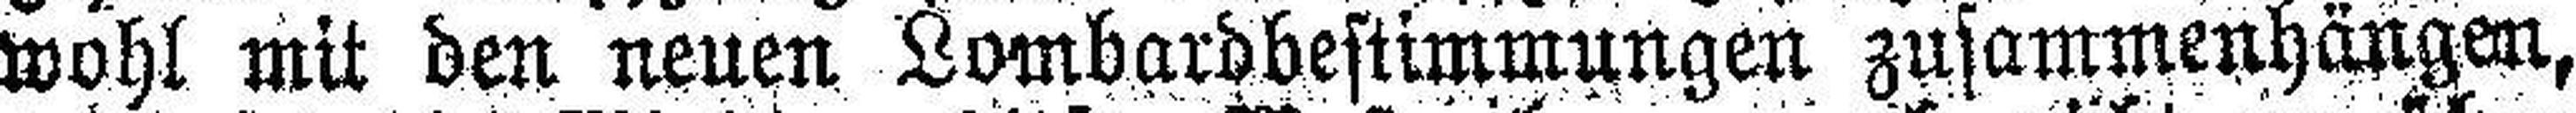
wohl mit den neuen Lombardbestimmungen zusammenhängen,